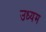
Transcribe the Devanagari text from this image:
उध्यम